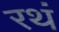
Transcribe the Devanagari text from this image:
रथं